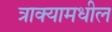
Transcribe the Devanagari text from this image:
त्राक्यामधील